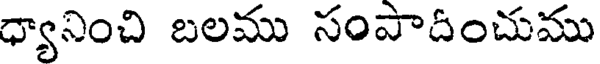
ధ్యానించి బలము సంపాదించుము